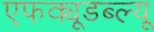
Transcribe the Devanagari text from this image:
एफक्यूडब्ल्यू